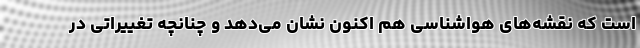
است که نقشه‌های هواشناسی هم اکنون نشان می‌دهد و چنانچه تغییراتی در